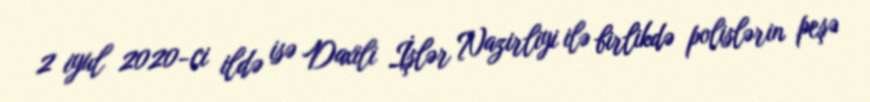
2 iyul 2020-ci ildə isə Daxili İşlər Nazirliyi ilə birlikdə polislərin peşə